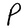
Character: P